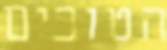
הטובים